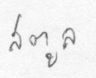
สตูล